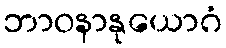
ဘာဝနာနုယောဂံ